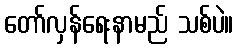
တော်လှန်ရေးနာမည် သစ်ပဲ။